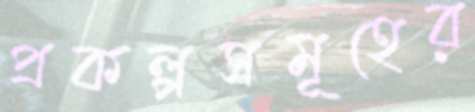
প্রকল্পসমূহের